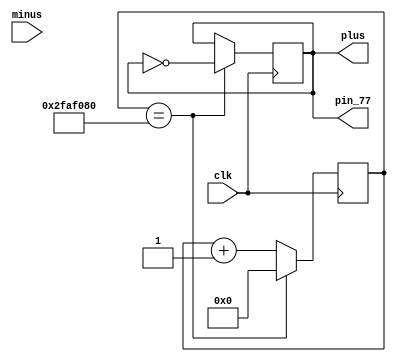
module led_case
(
	input clk,
	output plus,
	input minus,
	output pin_77
	
);
	reg led = 1'b1;
	reg[31:0] count = 32'b0;


//	wire locked;
//	wire clk0;
//	wire clk1;
//	wire clk2;
//	wire clk3;
//	wire hash_clk;
//		altera_pll #(.SPEED_MHZ(50))main_pll  (clk, clk0,clk1,clk2,clk3,hash_clk);
//		
//	wire [31:0]wFREQ1;
	
	always @ (posedge clk)
	begin
	
		count <= count + 1'b1;
		//led <= 1'b1;
			
		if (count == 26'd50000000)
		begin
			led <= !led;
			count <= 32'b0;
		end 
		
	end
	
	assign plus = led;

	assign pin_77 = led;
	
	

//assign wFREQ1 = count;
//virtual_wire # (.PROBE_WIDTH(32), .WIDTH(0), .INSTANCE_ID("QONE")) golden_nonce_vw_blk (.probe(wFREQ1), .source());

	
endmodule